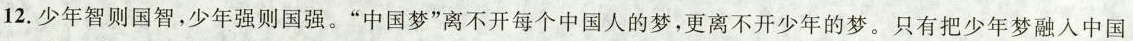
12.少年智则国智，少年强则国强。”中国梦”离不开每个中国人的梦，更离不开少年的梦。只有把少年梦融入中国